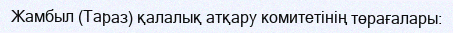
Жамбыл (Тараз) қалалық атқару комитетінің төрағалары: